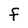
Character: F